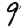
Digit: 9